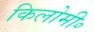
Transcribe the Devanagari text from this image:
किलोमी॰